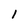
Character: 1